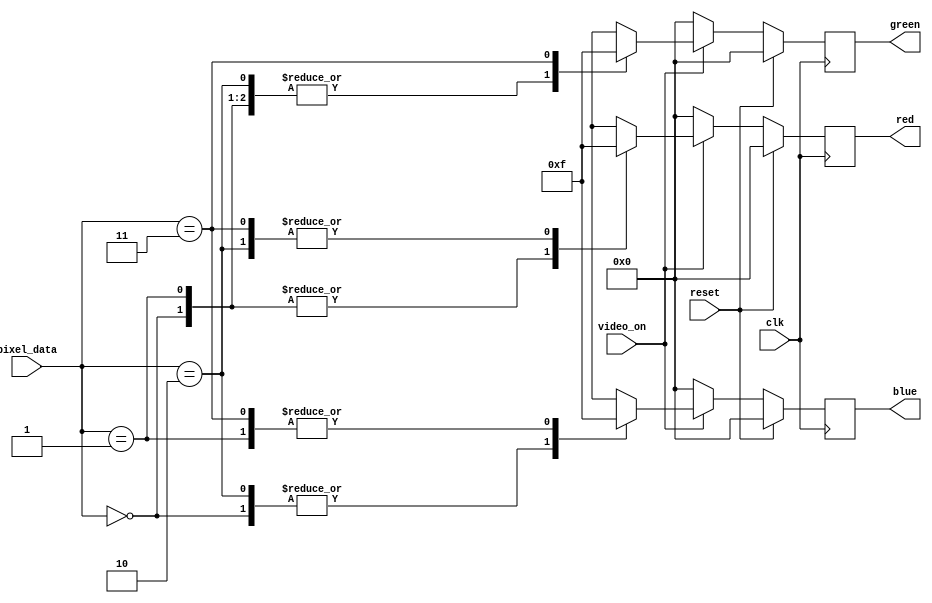
////////////////////////////////////////////////////////////////////////////////////
//Colorizer.v: module- Sends colour information for VGA display
//
//
// Description:
// ------------
//  Module assigns colour to the pixels sent by Decider block
//
////////////////////////////////////////////////////////////////////////////////////

`timescale	1ns / 1ps
module colorizer(
input video_on,
input [1:0] pixel_data,
output reg [3:0] red,green,blue,
input clk,reset
);

always @(posedge clk) begin
    if(reset) begin             //if reset display black
        red <= 4'b0000;
        green<= 4'b0000;
        blue <= 4'b0000;
    end
    else begin
        if(video_on == 1'b0) begin  //check for video on signal
            red <= 4'b0000;
            green<= 4'b0000;
            blue <= 4'b0000;
        end
        
        else begin
                case(pixel_data)   //display colours from pixel data
                            2'b00:  begin           //Black Background
                                    red <= 4'b0000;
                                    green<= 4'b0000;
                                    blue <= 4'b0000;
                                    end
                             2'b01: begin           //Blue line
                                    red <= 4'b0000;
                                    green<= 4'b0000;
                                    blue <= 4'b1111;
                                    end
                            2'b10:  begin           //red line
                                    red <= 4'b1111;
                                    green<= 4'b0000;
                                    blue <= 4'b0000;
                                    end
                            2'b11:  begin           //default white
                                    red <= 4'b1111;
                                    green<= 4'b1111;
                                    blue <= 4'b1111;
                                    end
                                
                 endcase
        end
        
                
      end          
    end
    

endmodule